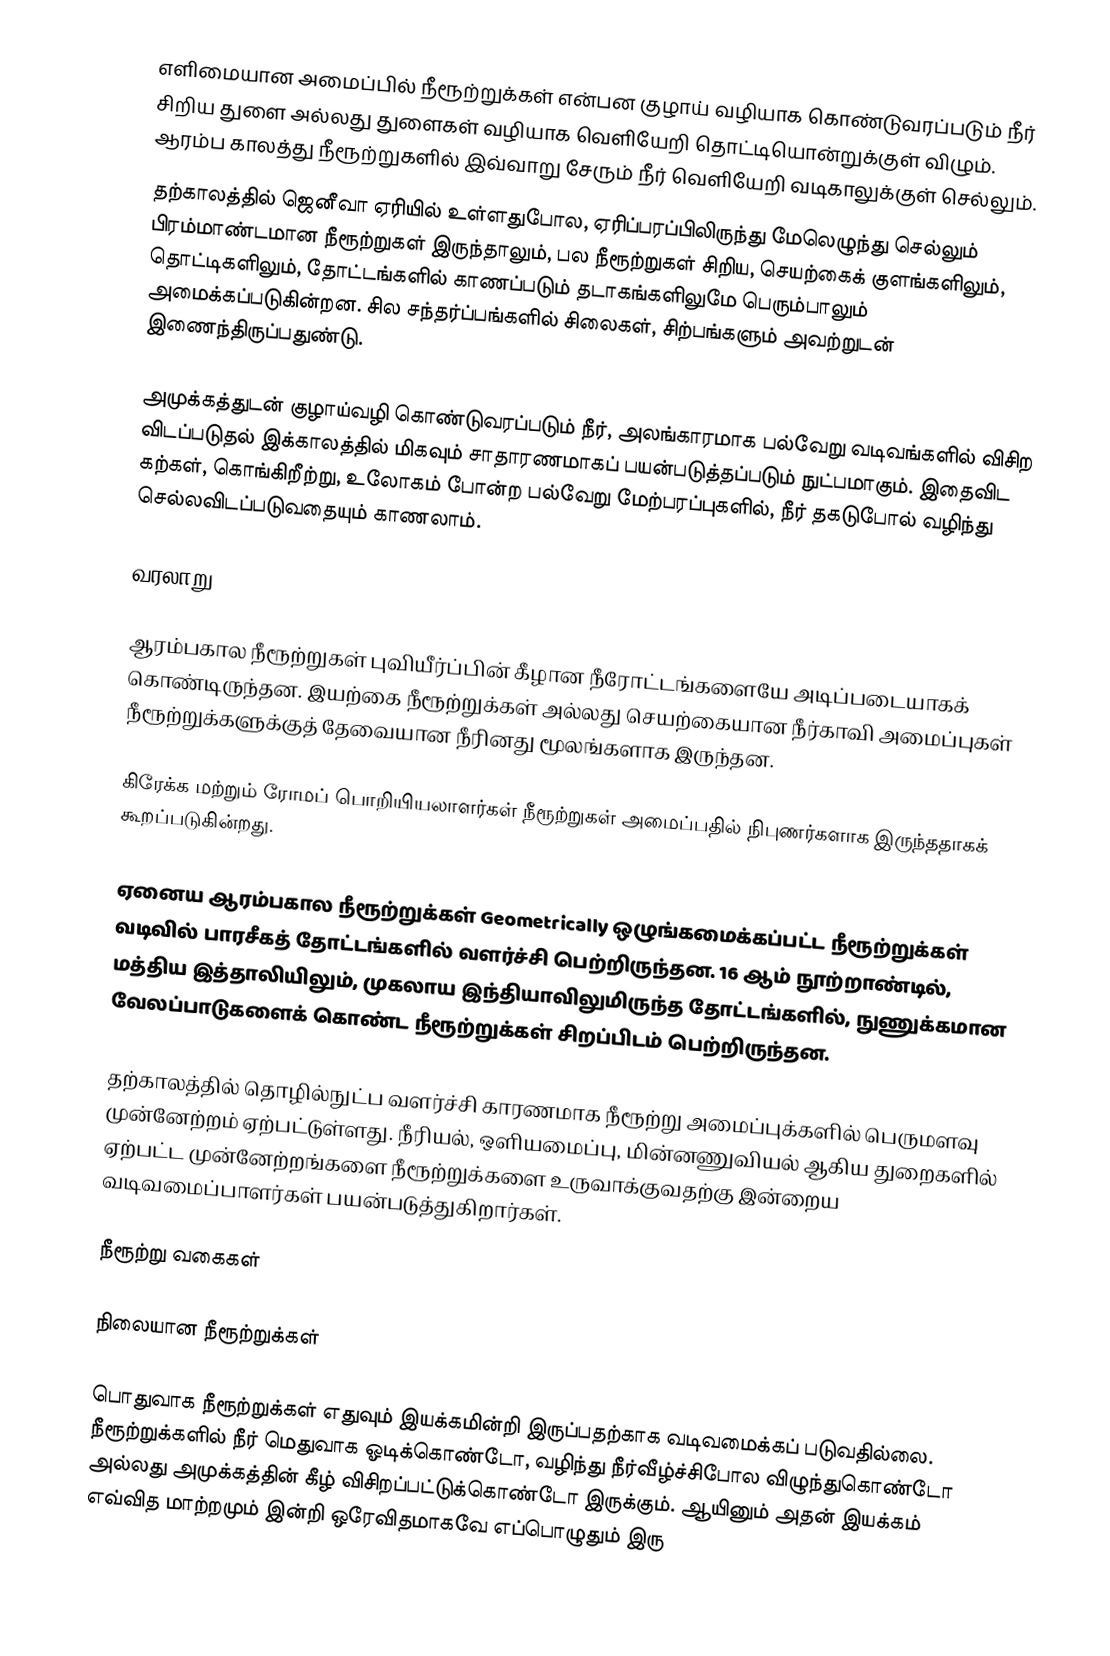
எளிமையான அமைப்பில் நீரூற்றுக்கள் என்பன குழாய் வழியாக கொண்டுவரப்படும் நீர் சிறிய துளை அல்லது துளைகள் வழியாக வெளியேறி தொட்டியொன்றுக்குள் விழும். ஆரம்ப காலத்து நீரூற்றுகளில் இவ்வாறு சேரும் நீர் வெளியேறி வடிகாலுக்குள் செல்லும்.
தற்காலத்தில் ஜெனீவா ஏரியில் உள்ளதுபோல, ஏரிப்பரப்பிலிருந்து மேலெழுந்து செல்லும் பிரம்மாண்டமான நீரூற்றுகள் இருந்தாலும், பல நீரூற்றுகள் சிறிய, செயற்கைக் குளங்களிலும், தொட்டிகளிலும், தோட்டங்களில் காணப்படும் தடாகங்களிலுமே பெரும்பாலும் அமைக்கப்படுகின்றன. சில சந்தர்ப்பங்களில் சிலைகள், சிற்பங்களும் அவற்றுடன் இணைந்திருப்பதுண்டு.

அமுக்கத்துடன் குழாய்வழி கொண்டுவரப்படும் நீர், அலங்காரமாக பல்வேறு வடிவங்களில் விசிற விடப்படுதல் இக்காலத்தில் மிகவும் சாதாரணமாகப் பயன்படுத்தப்படும் நுட்பமாகும். இதைவிட கற்கள், கொங்கிறீற்று, உலோகம் போன்ற பல்வேறு மேற்பரப்புகளில், நீர் தகடுபோல் வழிந்து செல்லவிடப்படுவதையும் காணலாம்.

வரலாறு

ஆரம்பகால நீரூற்றுகள் புவியீர்ப்பின் கீழான நீரோட்டங்களையே அடிப்படையாகக் கொண்டிருந்தன. இயற்கை நீரூற்றுக்கள் அல்லது செயற்கையான நீர்காவி அமைப்புகள் நீரூற்றுக்களுக்குத் தேவையான நீரினது மூலங்களாக இருந்தன.

கிரேக்க மற்றும் ரோமப் பொறியியலாளர்கள் நீரூற்றுகள் அமைப்பதில் நிபுணர்களாக இருந்ததாகக் கூறப்படுகின்றது.

ஏனைய ஆரம்பகால நீரூற்றுக்கள் Geometrically ஒழுங்கமைக்கப்பட்ட நீரூற்றுக்கள் வடிவில் பாரசீகத் தோட்டங்களில் வளர்ச்சி பெற்றிருந்தன. 16 ஆம் நூற்றாண்டில், மத்திய இத்தாலியிலும், முகலாய இந்தியாவிலுமிருந்த தோட்டங்களில், நுணுக்கமான வேலப்பாடுகளைக் கொண்ட நீரூற்றுக்கள் சிறப்பிடம் பெற்றிருந்தன.

தற்காலத்தில் தொழில்நுட்ப வளர்ச்சி காரணமாக நீரூற்று அமைப்புக்களில் பெருமளவு முன்னேற்றம் ஏற்பட்டுள்ளது. நீரியல், ஒளியமைப்பு, மின்னணுவியல் ஆகிய துறைகளில் ஏற்பட்ட முன்னேற்றங்களை நீரூற்றுக்களை உருவாக்குவதற்கு இன்றைய வடிவமைப்பாளர்கள் பயன்படுத்துகிறார்கள்.

நீரூற்று வகைகள்

நிலையான நீரூற்றுக்கள்

பொதுவாக நீரூற்றுக்கள் எதுவும் இயக்கமின்றி இருப்பதற்காக வடிவமைக்கப் படுவதில்லை. நீரூற்றுக்களில் நீர் மெதுவாக ஓடிக்கொண்டோ, வழிந்து நீர்வீழ்ச்சிபோல விழுந்துகொண்டோ அல்லது அமுக்கத்தின் கீழ் விசிறப்பட்டுக்கொண்டோ இருக்கும். ஆயினும் அதன் இயக்கம் எவ்வித மாற்றமும் இன்றி ஒரேவிதமாகவே எப்பொழுதும் இரு